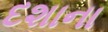
દશાના